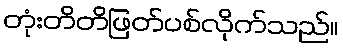
တုံးတိတိဖြတ်ပစ်လိုက်သည်။